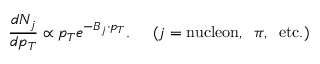
\frac { d N _ { j } } { d p _ { T } } \propto p _ { T } e ^ { - B _ { j } \cdot p _ { T } } . \; \; \; \; \; ( j = \mathrm { n u c l e o n } , \; \; \pi , \; \; \mathrm { e t c } . )